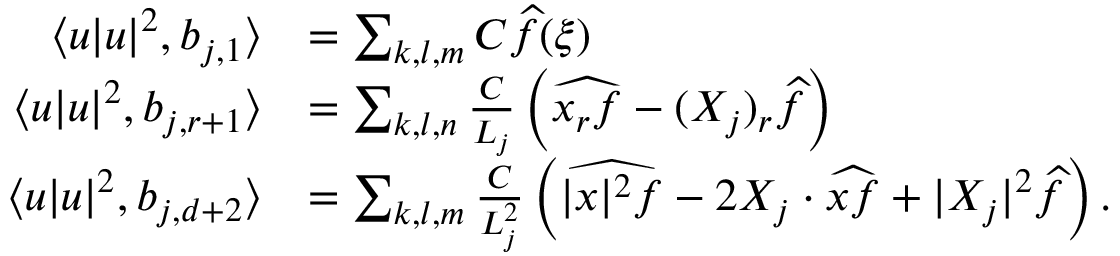
\begin{array} { r l } { \langle u | u | ^ { 2 } , b _ { j , 1 } \rangle } & { = \sum _ { k , l , m } C \widehat { f } ( \xi ) } \\ { \langle u | u | ^ { 2 } , b _ { j , r + 1 } \rangle } & { = \sum _ { k , l , n } \frac { C } { L _ { j } } \left( \widehat { x _ { r } f } - ( X _ { j } ) _ { r } \widehat { f } \right) } \\ { \langle u | u | ^ { 2 } , b _ { j , d + 2 } \rangle } & { = \sum _ { k , l , m } \frac { C } { L _ { j } ^ { 2 } } \left( \widehat { | x | ^ { 2 } f } - 2 X _ { j } \cdot \widehat { x f } + | X _ { j } | ^ { 2 } \widehat { f } \right) . } \end{array}